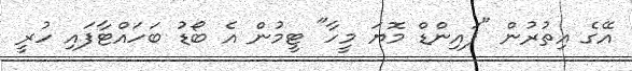
އޭގެ އިތުރުން "ފައިންޑް މޮޔަ މީހާ" ޓީމުން އެ ބޯޑު ބަހައްޓާފައި ހުރީ